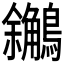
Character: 𪇝